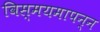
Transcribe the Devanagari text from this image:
विस्मयमापन्न